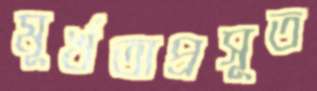
মূর্খতাপ্রসূত